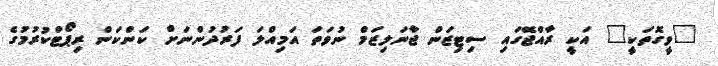
"ވީގޮތަކީ" އަކީ ރާއްޖޭގައި ސިޓިޒަން ޖާނަލިޒަމް ނުވަތަ އަމިއްލަ ފަރުދުންނަށް ކަންކަން ރިޕޯޓްކުރުމުގެ